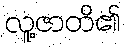
လူ့ဇာတိ၏